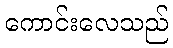
ကောင်းလေသည်